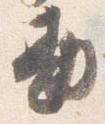
勘